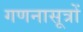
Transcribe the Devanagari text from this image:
गणनासूत्रों